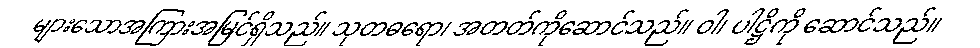
များသောအကြားအမြင်ရှိသည်။ သုတဓရော၊ အတတ်ကိုဆောင်သည်။ ဝါ၊ ပါဋ္ဌိကို ဆောင်သည်။